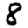
Digit: 8